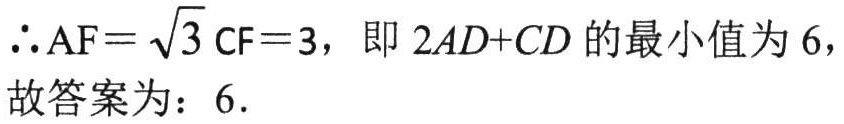
$\therefore \mathrm{AF}=\sqrt{3} \mathrm{CF}=3$，即$2AD + CD$的最小值为$6$，
故答案为：$6$．